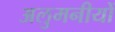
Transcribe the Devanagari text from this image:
अलुमनीयों